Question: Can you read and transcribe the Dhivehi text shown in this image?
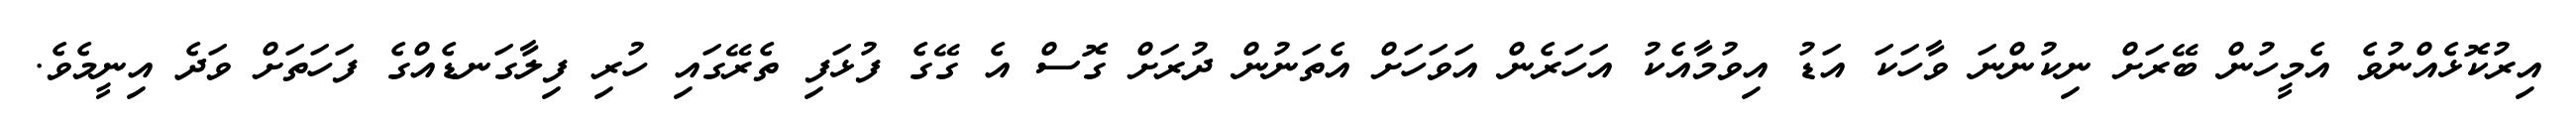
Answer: އިރުކޮޅެއްނުވެ އެމީހުން ބޭރަށް ނިކުންނަ ވާހަކަ އަޑު އިވުމާއެކު އަހަރެން އަވަހަށް އެތަނުން ދުރަށް ގޮސް އެ ގޭގެ ފުޅަފި ތެރޭގައި ހުރި ފިލާގަނޑެއްގެ ފަހަތަށް ވަދެ އިނީމެވެ.